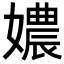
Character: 𡢿